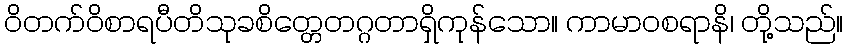
ဝိတက်ဝိစာရပီတိသုခစိတ္တေတဂ္ဂတာရှိကုန်သော။ ကာမာဝစရာနိ၊ တို့သည်။